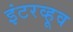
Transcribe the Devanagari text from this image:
इंटरव्हूव